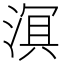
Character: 𬈑